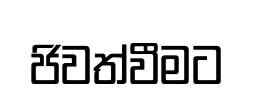
ජිවත්වීමට